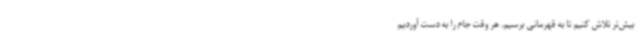
بیش‌تر تلاش کنیم تا به قهرمانی برسیم. هر وقت جام را به دست آوردیم